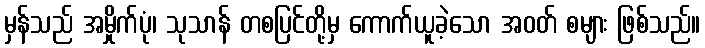
မှန်သည် အမှိုက်ပုံ၊ သုသာန် တစပြင်တို့မှ ကောက်ယူခဲ့သော အဝတ် စများ ဖြစ်သည်။